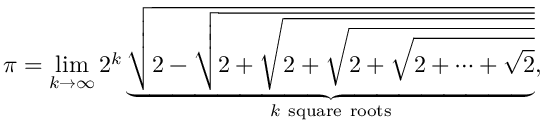
\pi = \operatorname* { l i m } _ { k \to \infty } 2 ^ { k } \underbrace { \sqrt { 2 - { \sqrt { 2 + { \sqrt { 2 + { \sqrt { 2 + { \sqrt { 2 + \cdots + { \sqrt { 2 } } } } } } } } } } } } _ { k \ \mathrm { s q u a r e } \ \mathrm { r o o t s } } ,